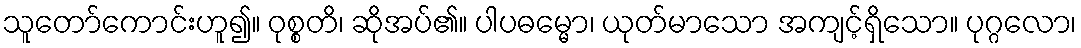
သူတော်ကောင်းဟူ၍။ ဝုစ္စတိ၊ ဆိုအပ်၏။ ပါပဓမ္မော၊ ယုတ်မာသော အကျင့်ရှိသော။ ပုဂ္ဂလော၊